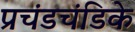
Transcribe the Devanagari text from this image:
प्रचंडचंडिके